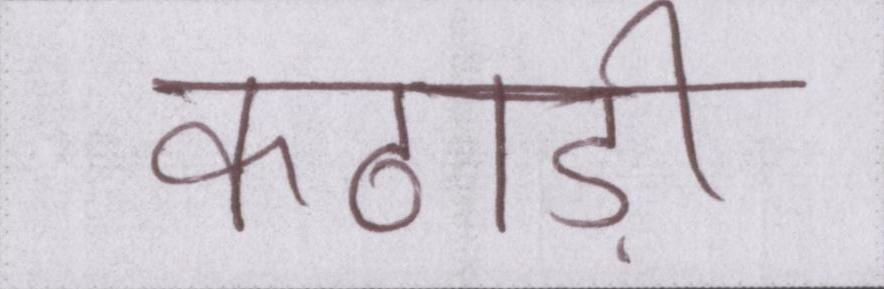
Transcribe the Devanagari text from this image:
काठाड़ी